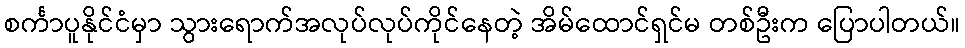
စင်္ကာပူနိုင်ငံမှာ သွားရောက်အလုပ်လုပ်ကိုင်နေတဲ့ အိမ်ထောင်ရှင်မ တစ်ဦးက ပြောပါတယ်။